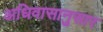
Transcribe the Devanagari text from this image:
अधिवासानुसार